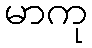
မာကု